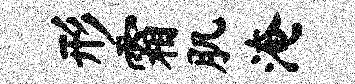
形霜肌淹